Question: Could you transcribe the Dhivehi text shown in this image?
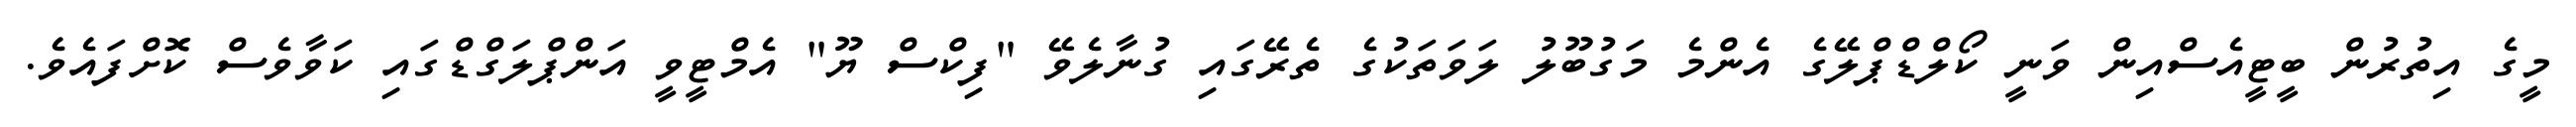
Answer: މީގެ އިތުރުން ބީޓީއެސްއިން ވަނީ ކޯލްޑްޕްލޭގެ އެންމެ މަގުބޫލު ލަވަތަކުގެ ތެރޭގައި ގުނާލެވޭ "ފިކްސް ޔޫ" އެމްޓީވީ އަންޕްލަގްޑްގައި ކަވާވެސް ކޮށްފައެވެ.